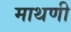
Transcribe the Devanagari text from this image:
माथणी